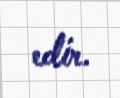
edir.